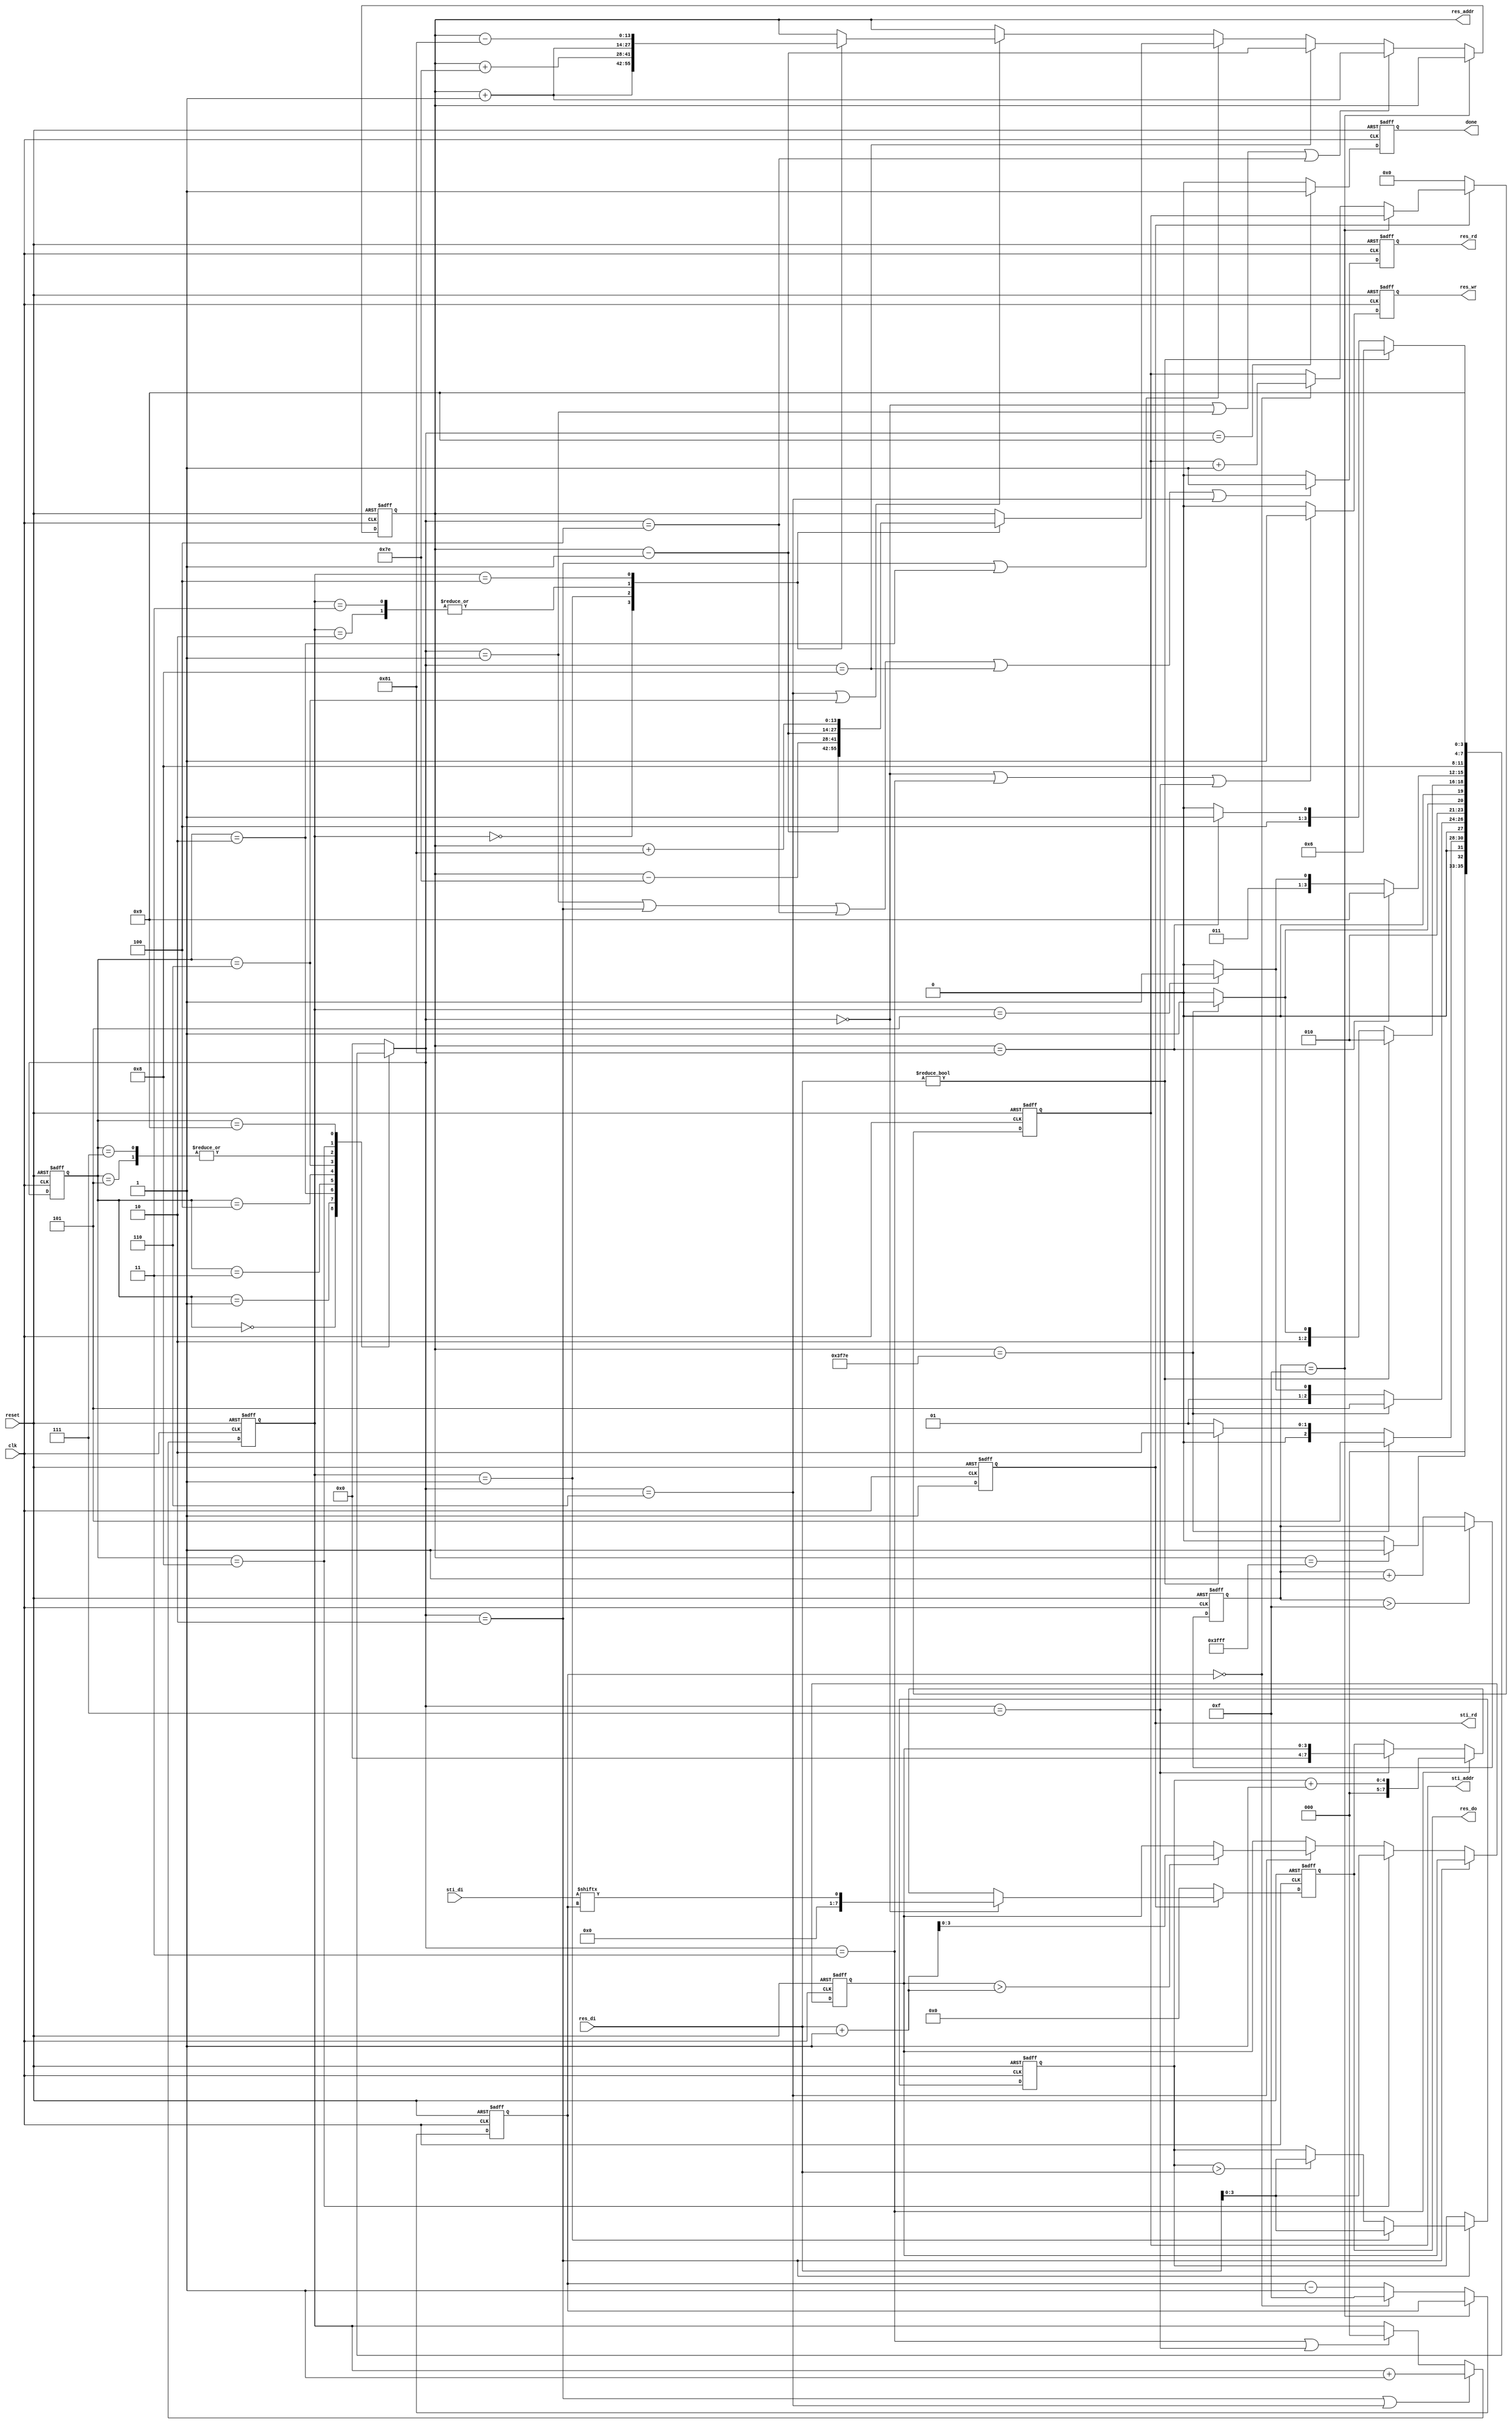
module DT(clk, reset, done, sti_rd, sti_addr, sti_di, res_wr, res_rd, res_addr, res_do, res_di);
input            clk;
input            reset;
input[15:0]      sti_di;
input[7:0]       res_di;
output reg       sti_rd;
output reg[9:0]  sti_addr;
output reg       res_wr;
output reg       res_rd;
output reg[13:0] res_addr;
output reg[7:0]  res_do;
output reg       done;
//====================================================================
reg [3:0] data, data_compare ;
reg [4:0] counter ;
reg [2:0] counter_05 ; //forward
reg [3:0] counter_15 ; // 15~0
reg [3:0] state, Next_state ;
parameter get_di= 4'd0, compare_di= 4'd1, forward= 4'd2 , forward_wr= 4'd3, forward_rd= 4'd4, forward_finish= 4'd5 ,backward= 4'd6, backward_wr= 4'd7, backward_rd= 4'd8, backward_finish= 4'd9 ;

always @(posedge clk or negedge reset) // 15~0clk
begin
    if (!reset)
    begin
        counter_15 <= 4'd14 ;
    end 
    else begin
    if (counter == 4'd15)
        counter_15 <= counter_15 ;
    else if (counter_15 == 4'd0 )
    begin
       counter_15 <= 4'd15 ;
    end
    else begin
       counter_15 <= counter_15 - 1'd1 ;
    end
    end
end

always @(posedge clk or negedge reset) // counter_05 6
begin
    if (!reset)
    begin
        counter_05 <= 3'd0 ;
    end 
    else begin
        if (Next_state == forward || Next_state == backward)
            counter_05 <= counter_05 + 1'd1 ;
        else if (Next_state == forward_wr || Next_state == backward_wr)
            counter_05 <= 4'd0 ;
    end
end

always @(posedge clk or negedge reset) // sti_di
begin
    if (!reset)
    begin
        counter <= 5'd0 ;
    end
    else begin
    if (counter > 5'd15)
        counter <= counter ;
    else
        counter <= counter + 1'd1 ;
    end

end
always @(posedge clk or negedge reset) //sti_addr
begin
    if (!reset)
    begin
        sti_addr <= 10'd0 ;
    end
    else begin
    if (!sti_rd)
        sti_addr <= 10'd0 ;
    else if (counter == 4'd15)
        sti_addr <= sti_addr ;
    else if (counter_15 == 4'd0)
        begin
        sti_addr <= sti_addr + 1'd1 ;
        end
        else begin
        sti_addr <= sti_addr ;
        end
    end
end

always @(posedge clk or negedge reset) // sti_rd
begin
    if (!reset)
    begin
        sti_rd <= 1'd0 ;
    end
    else begin
        sti_rd <= 1'd1 ;
    end
end

always @ (posedge clk or negedge reset) // res_addr 
begin
    if (!reset)
    begin
        res_addr <= 14'd0 ;
    end
    else if (counter == 4'd15)
        res_addr <= res_addr ;
    else if (Next_state == get_di || Next_state == compare_di || Next_state == forward_rd)
        res_addr <= res_addr + 1'd1 ;      //1
    else if (Next_state == backward_rd)
        res_addr <= res_addr - 1'd1 ;      //1
    else if (Next_state == forward || state == forward)
    begin
        case (counter_05)            // addr
        3'd0: res_addr <= res_addr - 1'd1 ; 
        3'd1: res_addr <= res_addr - 14'd126 ; 
        3'd2: res_addr <= res_addr - 14'd1 ; 
        3'd3: res_addr <= res_addr - 14'd1 ;
        3'd4: res_addr <= res_addr + 14'd129 ;
        endcase  
    end 
    else if (Next_state == backward || state == backward)
    begin
        case (counter_05)            // addr
        3'd0: res_addr <= res_addr + 1'd1 ; 
        3'd1: res_addr <= res_addr + 14'd126 ; 
        3'd2: res_addr <= res_addr + 14'd1 ; 
        3'd3: res_addr <= res_addr + 14'd1 ;
        3'd4: res_addr <= res_addr - 14'd129 ; 
        endcase  
    end
end

always @(posedge clk or negedge reset) // res_do
begin
    if (!reset)
    begin
        res_do <= 8'd0 ;
    end 
    else begin
        if (!sti_rd)
        res_do <= 1'd0 ;
        else if (Next_state == get_di )
        res_do <= sti_di[counter_15] ;
        else if (Next_state == forward_wr)
        res_do <= data_compare + 1'd1 ;
        else if (Next_state == backward_wr)
        res_do <= data ;
    end
end

always @(posedge clk or negedge reset) // res_wr 
begin
    if (!reset)
    begin
        res_wr <= 1'd0 ;
    end 
    else begin
        res_wr <= (Next_state == get_di || Next_state == forward_wr || Next_state == backward_wr)? 1'd1 : 1'd0 ;
    end
end

always @(posedge clk or negedge reset) // res_rd 
begin
    if (!reset)
    begin
        res_rd <= 1'd0 ;
    end 
    else begin
        res_rd <= (Next_state == compare_di || Next_state == forward  || Next_state == forward_rd || Next_state == backward_rd || Next_state == backward) ? 1'd1 : 1'd0;
    end
end

always @(posedge clk or negedge reset) // done 
begin
    if (!reset)
    begin
        done <= 1'd0 ;
    end 
    else begin
        done <= (Next_state == backward_finish)? 1'd1 : 1'd0 ;
    end
end

always @ (posedge clk or negedge reset) // forward 
begin
    if (!reset)
    begin
        data <= 1'd0;
        data_compare <= 1'd0 ;
    end
    else begin
        if (Next_state == forward)
        data_compare <= (counter_05 == 3'd1)? res_di : ((data_compare > res_di)? res_di : data_compare) ;
    else if (state == backward_rd)
        data <= res_di ;
    else if (Next_state == backward)   
        data <= (data > res_di + 1'd1)? res_di + 1'd1 : data ;

    end
end

always @(posedge clk or negedge reset) //state
begin
    if (!reset)
    begin
        state <= get_di ;
    end
    else begin
        state <= Next_state ;
    end
end

always @(*) // state
begin
    case(state)

    get_di:
    begin
        if (res_addr == 14'd16383)
        Next_state = compare_di ;
        else
        Next_state = get_di ;
    end
    compare_di: 
    begin
        if (res_addr == 14'd16254)
        Next_state = forward_finish ;
        else if (res_di)
        Next_state = forward;
        else
        Next_state = compare_di ;
    end
    forward:
    begin
          if (res_addr == 14'd16254)
          Next_state = forward_finish ;
          else if (counter_05 == 3'd5)                  
          Next_state = forward_wr ;
          else
          Next_state = forward ;
    end
    forward_wr:
    begin
        if(res_addr == 14'd16254) Next_state = forward_finish ;
        else
        Next_state = forward_rd ;
    end
    forward_rd:
    begin
        if (res_di)  
        Next_state = forward;
        else if(res_addr == 14'd16254) Next_state = forward_finish ;
        else Next_state = forward_rd;
    end
    forward_finish:
        Next_state = backward_rd ;
    backward:
    begin
        if (res_addr == 14'd129)
        Next_state = backward_finish ;
        else if (counter_05 == 3'd5)
        Next_state = backward_wr ;
        else
        Next_state = backward ;
    end
    backward_wr:
        Next_state = backward_rd ;
    backward_rd:
        if (res_di)  
        Next_state = backward;
        else if(res_addr == 14'd129) Next_state = backward_finish ;
        else Next_state = backward_rd ;
    backward_finish:
        Next_state = backward_finish ;
    default: Next_state = get_di ;

    endcase
end

endmodule